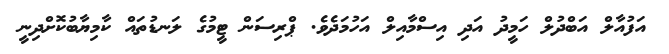
އަފުއާލް އަބްދުލް ހަމީދު އަދި އިސްމާއިލް އަހުމަދެވެ. ޕްރިސަން ޓީމުގެ ލަނޑުތައް ކާމިޔާބުކޮށްދިނީ